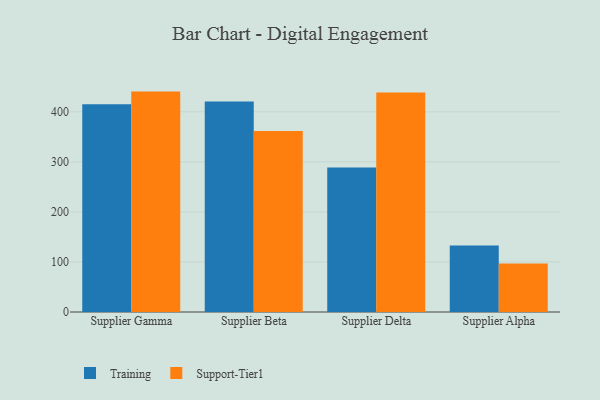
{"axis": {"x": "Supplier", "y": "Inventory Turnover"}, "legend": ["Support-Tier1", "Training"], "data": [{"x": "Supplier Gamma", "y": 415.1, "type": "Training"}, {"x": "Supplier Gamma", "y": 440.4, "type": "Support-Tier1"}, {"x": "Supplier Beta", "y": 420.8, "type": "Training"}, {"x": "Supplier Beta", "y": 361.8, "type": "Support-Tier1"}, {"x": "Supplier Delta", "y": 288.8, "type": "Training"}, {"x": "Supplier Delta", "y": 438.7, "type": "Support-Tier1"}, {"x": "Supplier Alpha", "y": 133.0, "type": "Training"}, {"x": "Supplier Alpha", "y": 96.8, "type": "Support-Tier1"}]}